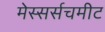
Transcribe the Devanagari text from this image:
मेस्सर्सचमीट